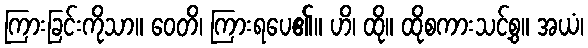
ကြားခြင်းကိုသာ။ ဝေတိ၊ ကြားရပေ၏။ ဟိ၊ ထို။ ထိုစကားသင့်စွ။ အယံ၊